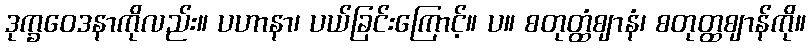
ဒုက္ခဝေဒနာကိုလည်း။ ပဟာနာ၊ ပယ်ခြင်းကြောင့်။ ပ။ စတုတ္ထံဈာနံ၊ စတုတ္ထဈာန်ကို။